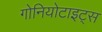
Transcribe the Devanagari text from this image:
गोनियोटाइट्स